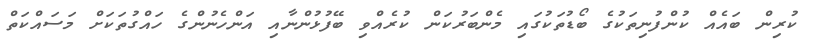
ކުރިން ބައެއް ކުންފުނިތަކުގެ ބޯޑުތަކުގައި މެންބަރުކަން ކުރެއްވި ބޭފުޅުންނާއި އަންހެނުންގެ ހައްގުތަކަށް މަސައްކަތް